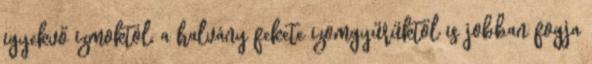
igyekvő izmoktól, a halvány fekete izomgyűrűktől is jobban fogja